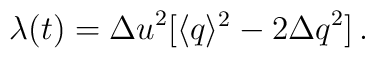
\lambda(t) = {\Delta u}^2 [\langle q \rangle ^{2} -2{\Delta q}^2] \, .